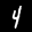
Label: 4